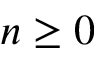
n \geq 0